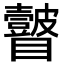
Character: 𭿲